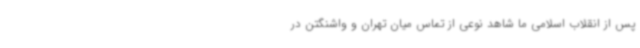
پس از انقلاب اسلامی ما شاهد نوعی از تماس میان تهران و واشنگتن در